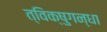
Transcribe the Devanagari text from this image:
त्विक्षुगन्धा